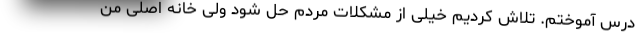
درس آموختم. تلاش کردیم خیلی از مشکلات مردم حل شود ولی خانه اصلی من